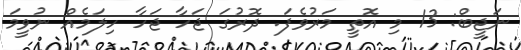
ނަޖީބް: 13 މި އޮތީ މަރުވެފަ. ދޮރުގަ ޖަހާ ޖަހާ ހިލަމެއް ނުވީމަ